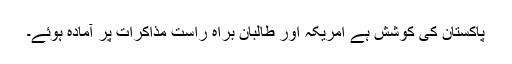
پاکستان کی کوشش ہے امریکہ اور طالبان براہِ راست مذاکرات پر آمادہ ہوئے۔